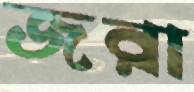
জরা